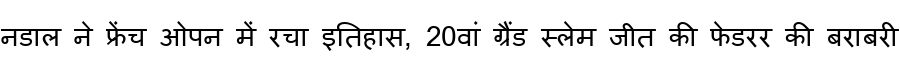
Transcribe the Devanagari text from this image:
नडाल ने फ्रेंच ओपन में रचा इतिहास, 20वां ग्रैंड स्लेम जीत की फेडरर की बराबरी